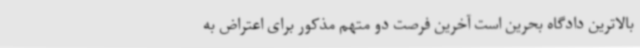
بالاترین دادگاه بحرین است آخرین فرصت دو متهم مذکور برای اعتراض به